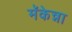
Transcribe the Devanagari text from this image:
मॅकेन्ना